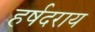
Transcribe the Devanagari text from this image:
हर्षदराय